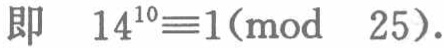
即 \(14^{10}\equiv1(\text{mod } 25)\)